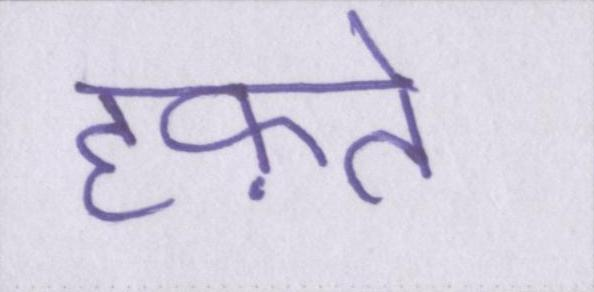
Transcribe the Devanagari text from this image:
हफ़्ते